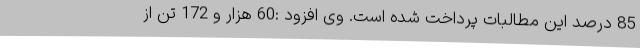
85 درصد این مطالبات پرداخت شده است. وی افزود :60 هزار و 172 تن از